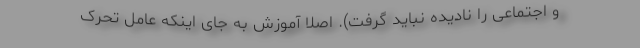
و اجتماعی را نادیده نباید گرفت). اصلا آموزش به جای اینکه عامل تحرک